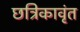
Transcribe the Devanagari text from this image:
छत्रिकावृंत